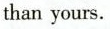
than yours.